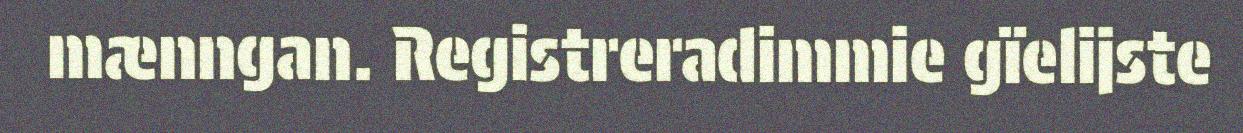
mænngan. Registreradimmie gïelijste